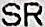
SR